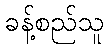
ခန့်စည်သူ